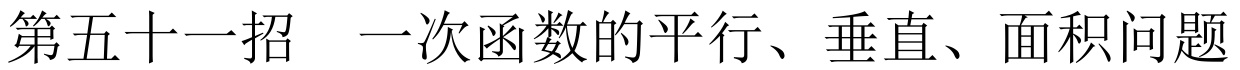
第五十一招  一次函数的平行、垂直、面积问题